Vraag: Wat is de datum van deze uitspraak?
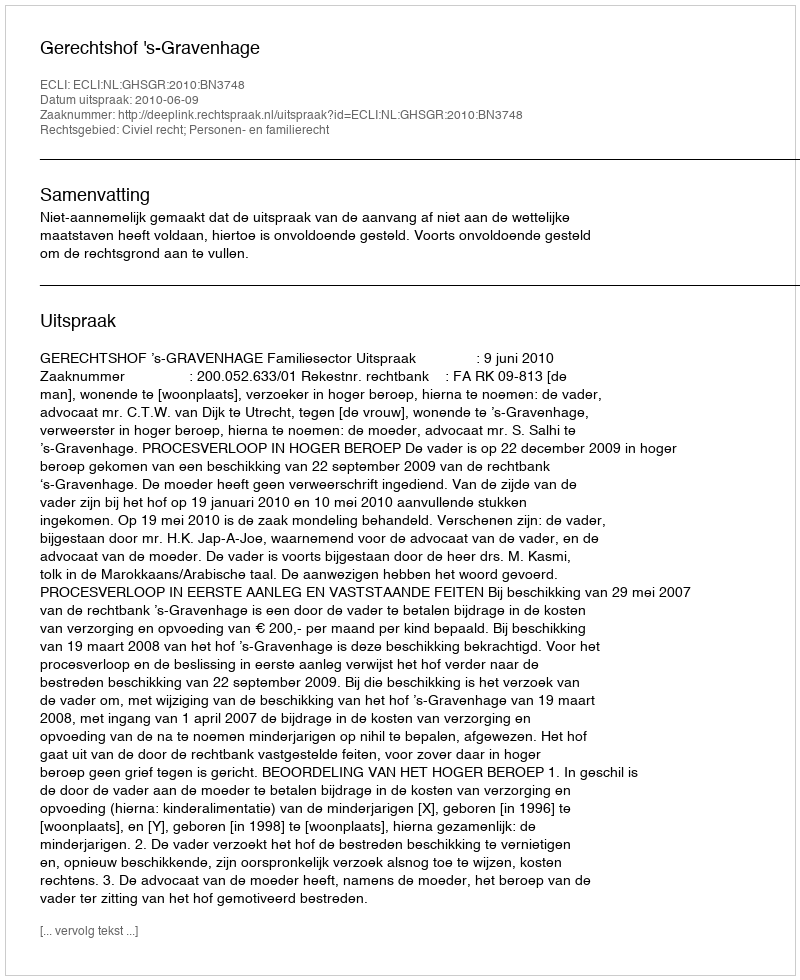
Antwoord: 2010-06-09